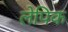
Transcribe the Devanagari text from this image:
लेपिक